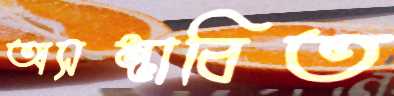
অসম্ভাবিত